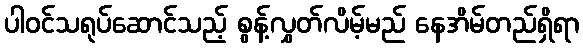
ပါဝင်သရုပ်ဆောင်သည့် စွန့်လွှတ်လိမ့်မည် နေအိမ်တည်ရှိရာ